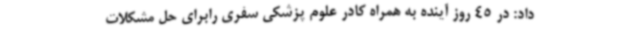
داد: در 45 روز آینده به همراه کادر علوم پزشکی سفری رابرای حل مشکلات